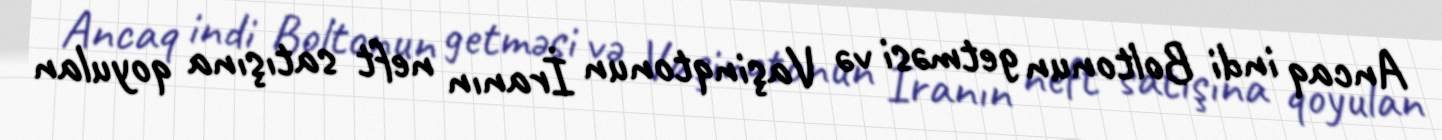
Ancaq indi Boltonun getməsi və Vaşinqtonun İranın neft satışına qoyulan